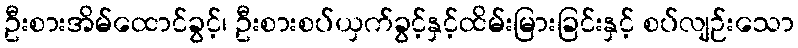
ဦးစားအိမ်ထောင်ခွင့်၊ ဦးစားစပ်ယှက်ခွင့်နှင့်ထိမ်းမြားခြင်းနှင့် စပ်လျဉ်းသော